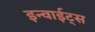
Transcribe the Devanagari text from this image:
इन्वाईट्स